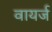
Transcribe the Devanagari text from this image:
वायर्ज